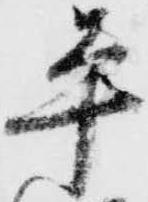
平